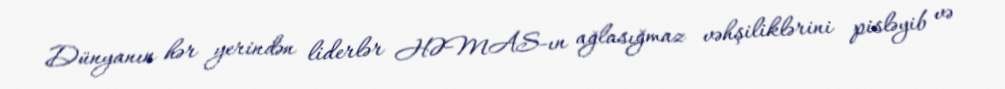
Dünyanın hər yerindən liderlər HƏMAS-ın ağlasığmaz vəhşiliklərini pisləyib və